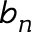
b _ { n }